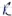
Text: R